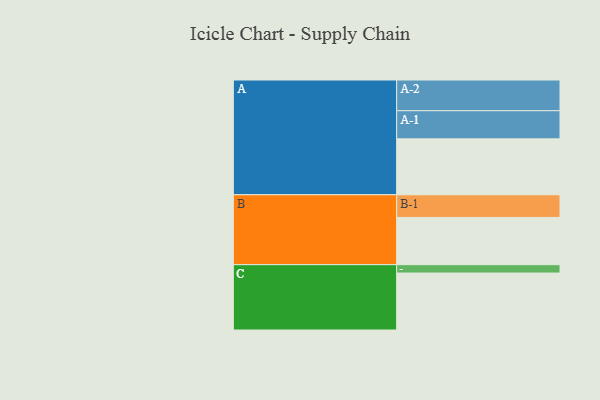
{"axis": {"x": "Segment", "y": "Value"}, "legend": ["", "A", "B", "C"], "data": [{"x": "A", "y": 528, "type": ""}, {"x": "B", "y": 446, "type": ""}, {"x": "C", "y": 538, "type": ""}, {"x": "A-1", "y": 266, "type": "A"}, {"x": "A-2", "y": 290, "type": "A"}, {"x": "B-1", "y": 214, "type": "B"}, {"x": "C-1", "y": 79, "type": "C"}]}